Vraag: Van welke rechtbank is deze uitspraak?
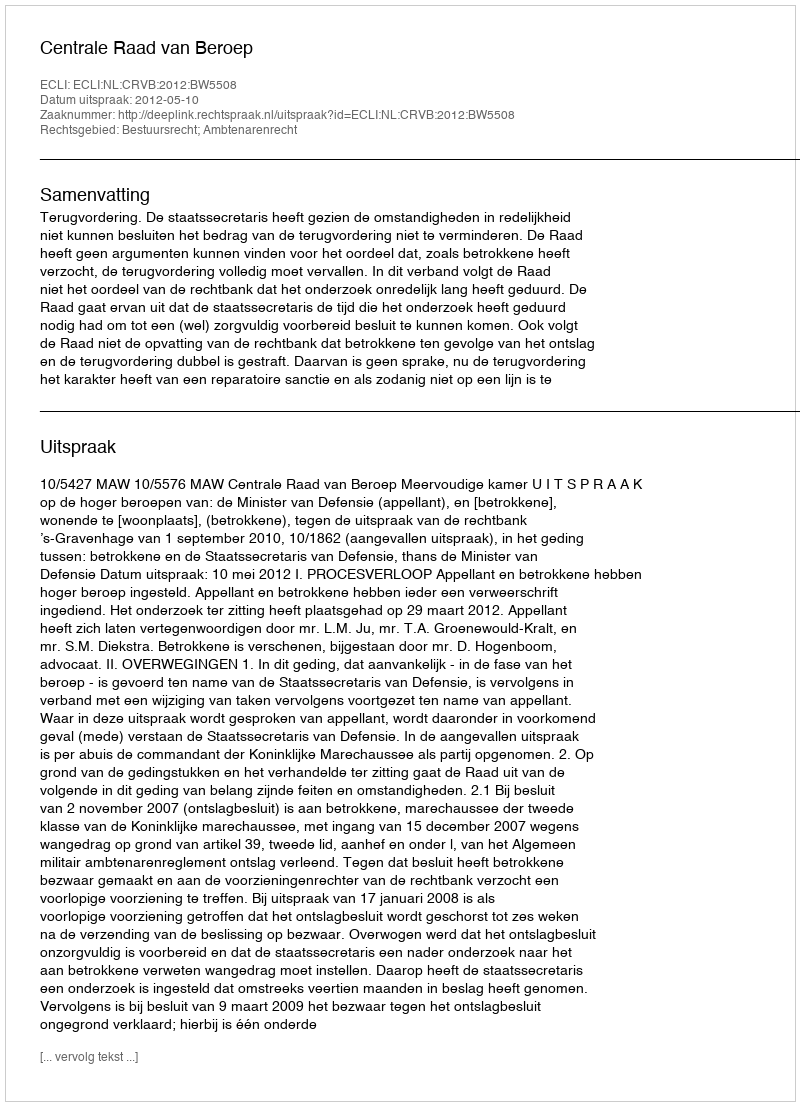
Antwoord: Centrale Raad van Beroep